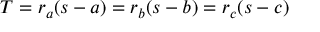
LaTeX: T = r _ { a } ( s - a ) = r _ { b } ( s - b ) = r _ { c } ( s - c )